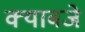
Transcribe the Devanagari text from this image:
क्याबजे